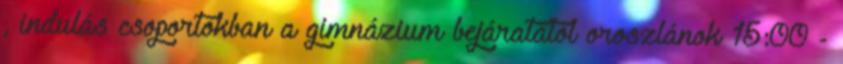
, indulás csoportokban a gimnázium bejáratától oroszlánok 15:00 -